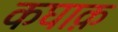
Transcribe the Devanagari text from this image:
कघाक़